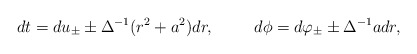
\begin{align*}dt=du_{\pm}\pm \Delta^{-1} (r^2+a^2)dr,\hspace{1cm}d\phi=d\varphi_{\pm}\pm \Delta^{-1}a dr ,\end{align*}